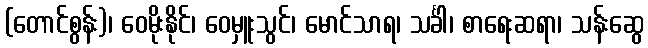
(တောင်စွန်း)၊ ဝေမိုးနိုင်၊ ဝေမှူးသွင်၊ မောင်သာရ၊ သင်္ခါ၊ စာရေးဆရာ၊ သန်းဆွေ